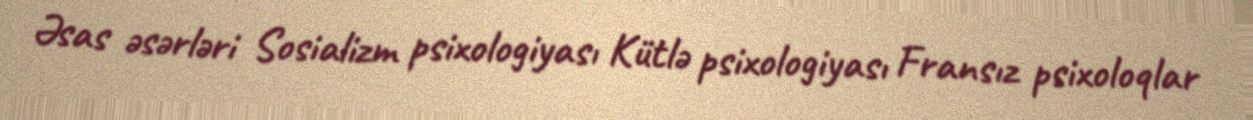
Əsas əsərləri Sosializm psixologiyası Kütlə psixologiyası Fransız psixoloqlar